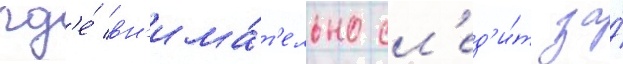
гд'е́ вн'има́т'ельно сл'ед'и́т за́